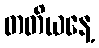
တတိယနေ့